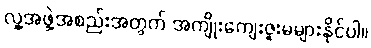
လူ့အဖွဲ့အစည်းအတွက် အကျိုးကျေးဇူးမများနိုင်ပါ။